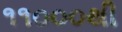
૧૧૦૦૦થી